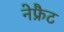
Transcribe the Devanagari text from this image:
नेफ्रैट